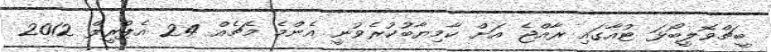
ބީޗްވޮލީބޯޅަ ޓުއާގައި ރާއްޖެ އަށް ކާމިޔާބުކުރެވުނީ އެންމެ މެޗެއް 24 އެޕްރީލް 2012